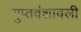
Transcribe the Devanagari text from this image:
गुप्तवंशावली